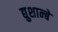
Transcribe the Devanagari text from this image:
द्युशान्बे